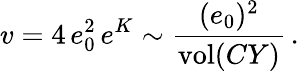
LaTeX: v=4\, e_{0}^{2}\, e^{K}\sim{\frac{(e_{0})^{2}}{\mathrm{vol}(CY)}}\, .